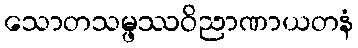
သောတသမ္ဖဿဝိညာဏာယတနံ